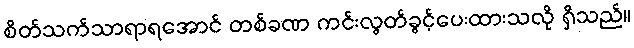
စိတ်သက်သာရာရအောင် တစ်ခဏ ကင်းလွတ်ခွင့်ပေးထားသလို ရှိသည်။